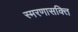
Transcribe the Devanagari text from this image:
स्मरणासक्ति